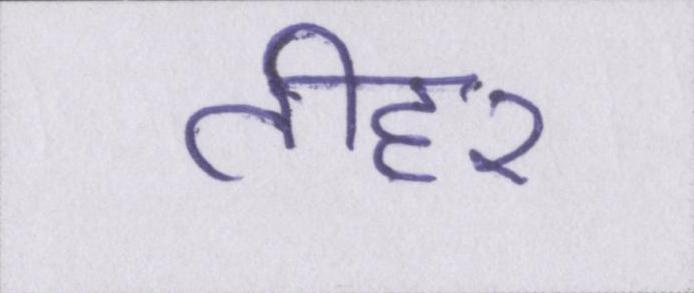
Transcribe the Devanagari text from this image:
तीहरा